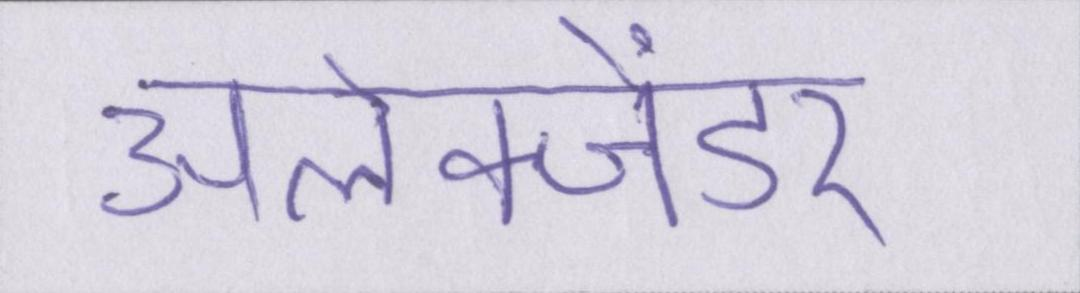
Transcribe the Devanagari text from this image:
अलेक्जेंडर